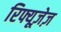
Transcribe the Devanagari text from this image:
रिफ्यूज़ेज़